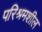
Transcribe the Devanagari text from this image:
परिश्रमशील